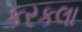
કરકલા